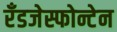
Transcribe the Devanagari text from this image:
रँडजेस्फोन्टेन